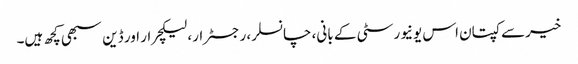
خیرسے کپتان اس یونیورسٹی کے بانی، چانسلر، رجسٹرار، لیکچرار اور ڈین سبھی کچھ ہیں۔